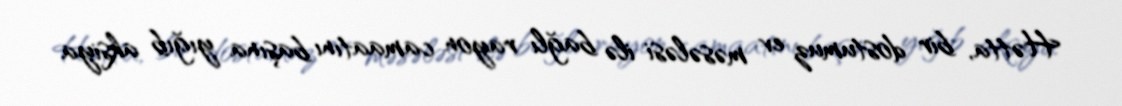
Hətta, bir dostumuz ev məsələsi ilə bağlı rayon camaatını başına yığıb aksiya